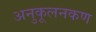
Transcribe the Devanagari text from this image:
अनुकूलनकण